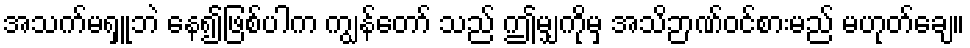
အသက်မရှူဘဲ နေ၍ဖြစ်ပါက ကျွန်တော် သည် ဤမျှကိုမှ အသိဉာဏ်ဝင်စားမည် မဟုတ်ချေ။